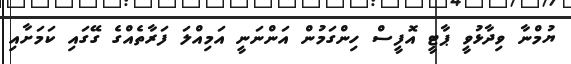
ޔުމްނާ ވިދާޅުވީ ޕާޓީ އޮފީސް ހިންގަމުން އަންނަނީ އަމިއްލަ ފަރާތެއްގެ ގޭގައި ކަމަށާއި